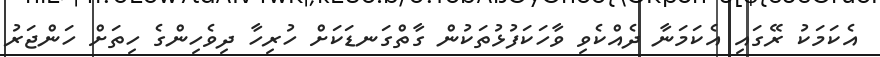
އެކަމަކު ރޭގައި އެކަމަނާ ދެއްކެވި ވާހަކަފުޅުތަކުން ގާތްގަނޑަކަށް ހުރިހާ ދިވެހިންގެ ހިތަށް ހަންޖަރު